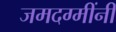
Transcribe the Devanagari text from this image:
जमदग्मींनी